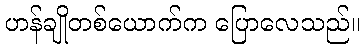
ဟန်ချိုတစ်ယောက်က ပြောလေသည်။